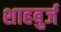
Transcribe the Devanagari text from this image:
शाहबुर्ज